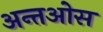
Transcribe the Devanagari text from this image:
अन्तओस